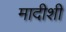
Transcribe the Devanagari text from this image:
मादीशी